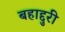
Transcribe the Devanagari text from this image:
बहाद्दुरी